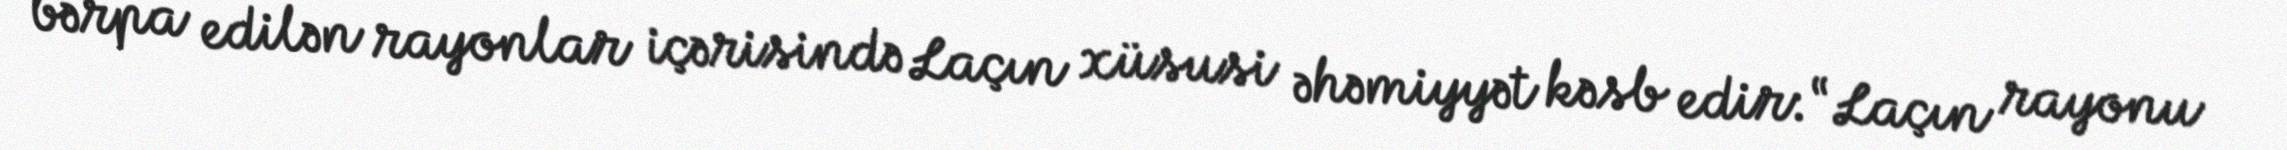
bərpa edilən rayonlar içərisində Laçın xüsusi əhəmiyyət kəsb edir: “Laçın rayonu